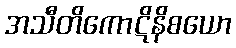
အသီတိကောဋိနိစယော